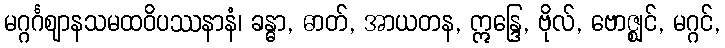
မဂ္ဂင်္ဂဈာနသမထဝိပဿနာနံ၊ ခန္ဓာ, ဓာတ်, အာယတန, ဣန္ဒြေ, ဗိုလ်, ဗောဇ္ဈင်, မဂ္ဂင်,